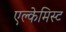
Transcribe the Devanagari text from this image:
एल्केमिस्ट